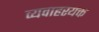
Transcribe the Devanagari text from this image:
व्यवाहरयक्त